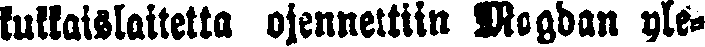
kukkaislaitetta ojennettiin Magdan yle-